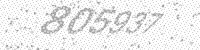
Solution: 805937